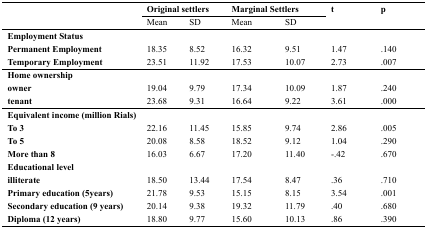
<table><thead><tr><td rowspan="3"></td><td colspan="2"><b>Original settlers</b></td><td colspan="2"><b>Marginal Settlers</b></td><td rowspan="3"><b>t</b></td><td rowspan="3"><b>p</b></td></tr><tr><td><b>Mean</b></td><td><b>SD</b></td><td><b>Mean</b></td><td><b>SD</b></td></tr></thead><tbody><tr><td colspan="7"><b>Employment Status</b></td></tr><tr><td><b>Permanent Employment</b></td><td>18.35</td><td>8.52</td><td>16.32</td><td>9.51</td><td>1.47</td><td>.140</td></tr><tr><td><b>Temporary Employment</b></td><td>23.51</td><td>11.92</td><td>17.53</td><td>10.07</td><td>2.73</td><td>.007</td></tr><tr><td colspan="7"><b>Home ownership</b></td></tr><tr><td><b>owner</b></td><td>19.04</td><td>9.79</td><td>17.34</td><td>10.09</td><td>1.87</td><td>.240</td></tr><tr><td><b>tenant</b></td><td>23.68</td><td>9.31</td><td>16.64</td><td>9.22</td><td>3.61</td><td>.000</td></tr><tr><td colspan="7"><b>Equivalent income (million Rials)</b></td></tr><tr><td><b>To 3</b></td><td>22.16</td><td>11.45</td><td>15.85</td><td>9.74</td><td>2.86</td><td>.005</td></tr><tr><td><b>To 5</b></td><td>20.08</td><td>8.58</td><td>18.52</td><td>9.12</td><td>1.04</td><td>.290</td></tr><tr><td><b>More than 8</b></td><td>16.03</td><td>6.67</td><td>17.20</td><td>11.40</td><td>-.42</td><td>.670</td></tr><tr><td colspan="7"><b>Educational level</b></td></tr><tr><td><b>illiterate</b></td><td>18.50</td><td>13.44</td><td>17.54</td><td>8.47</td><td>.36</td><td>.710</td></tr><tr><td><b>Primary education (5years)</b></td><td>21.78</td><td>9.53</td><td>15.15</td><td>8.15</td><td>3.54</td><td>.001</td></tr><tr><td><b>Secondary education (9 years)</b></td><td>20.14</td><td>9.38</td><td>19.32</td><td>11.79</td><td>.40</td><td>.680</td></tr><tr><td><b>Diploma (12 years)</b></td><td>18.80</td><td>9.77</td><td>15.60</td><td>10.13</td><td>.86</td><td>.390</td></tr></tbody></table>